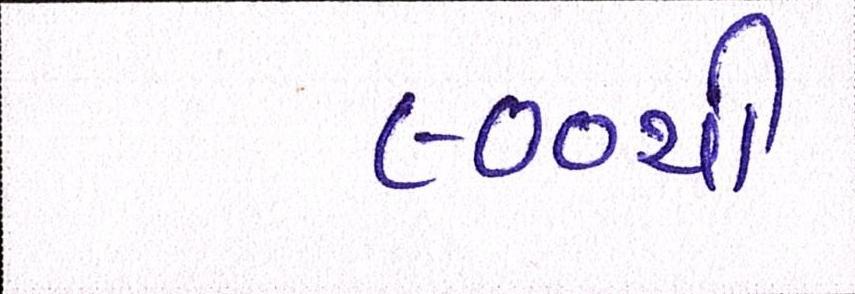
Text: ૯૦૦થી